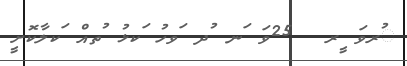
ުރވަ ީރ  25ވަ ަނ ުދ ަވހު ަކޅު ުތއް ަކލާކޮށީ